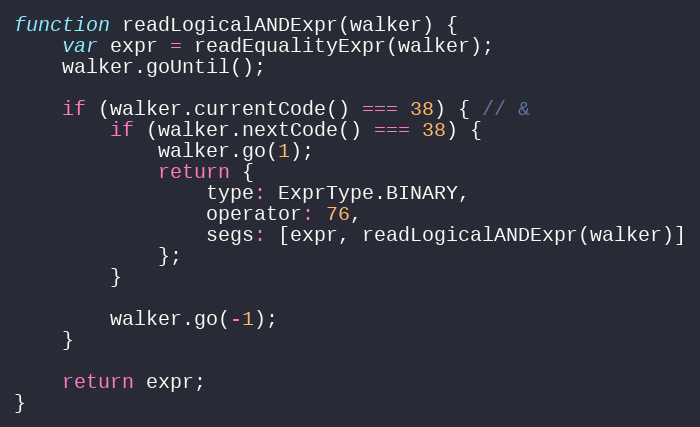
Language: JavaScript
function readLogicalANDExpr(walker) {
    var expr = readEqualityExpr(walker);
    walker.goUntil();

    if (walker.currentCode() === 38) { // &
        if (walker.nextCode() === 38) {
            walker.go(1);
            return {
                type: ExprType.BINARY,
                operator: 76,
                segs: [expr, readLogicalANDExpr(walker)]
            };
        }

        walker.go(-1);
    }

    return expr;
}